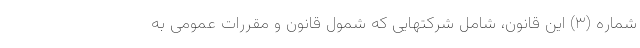
شماره (۳) این قانون، شامل شرکتهایی که شمول قانون و مقررات عمومی به